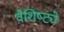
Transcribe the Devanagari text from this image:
वैशिष्‍ट्ये